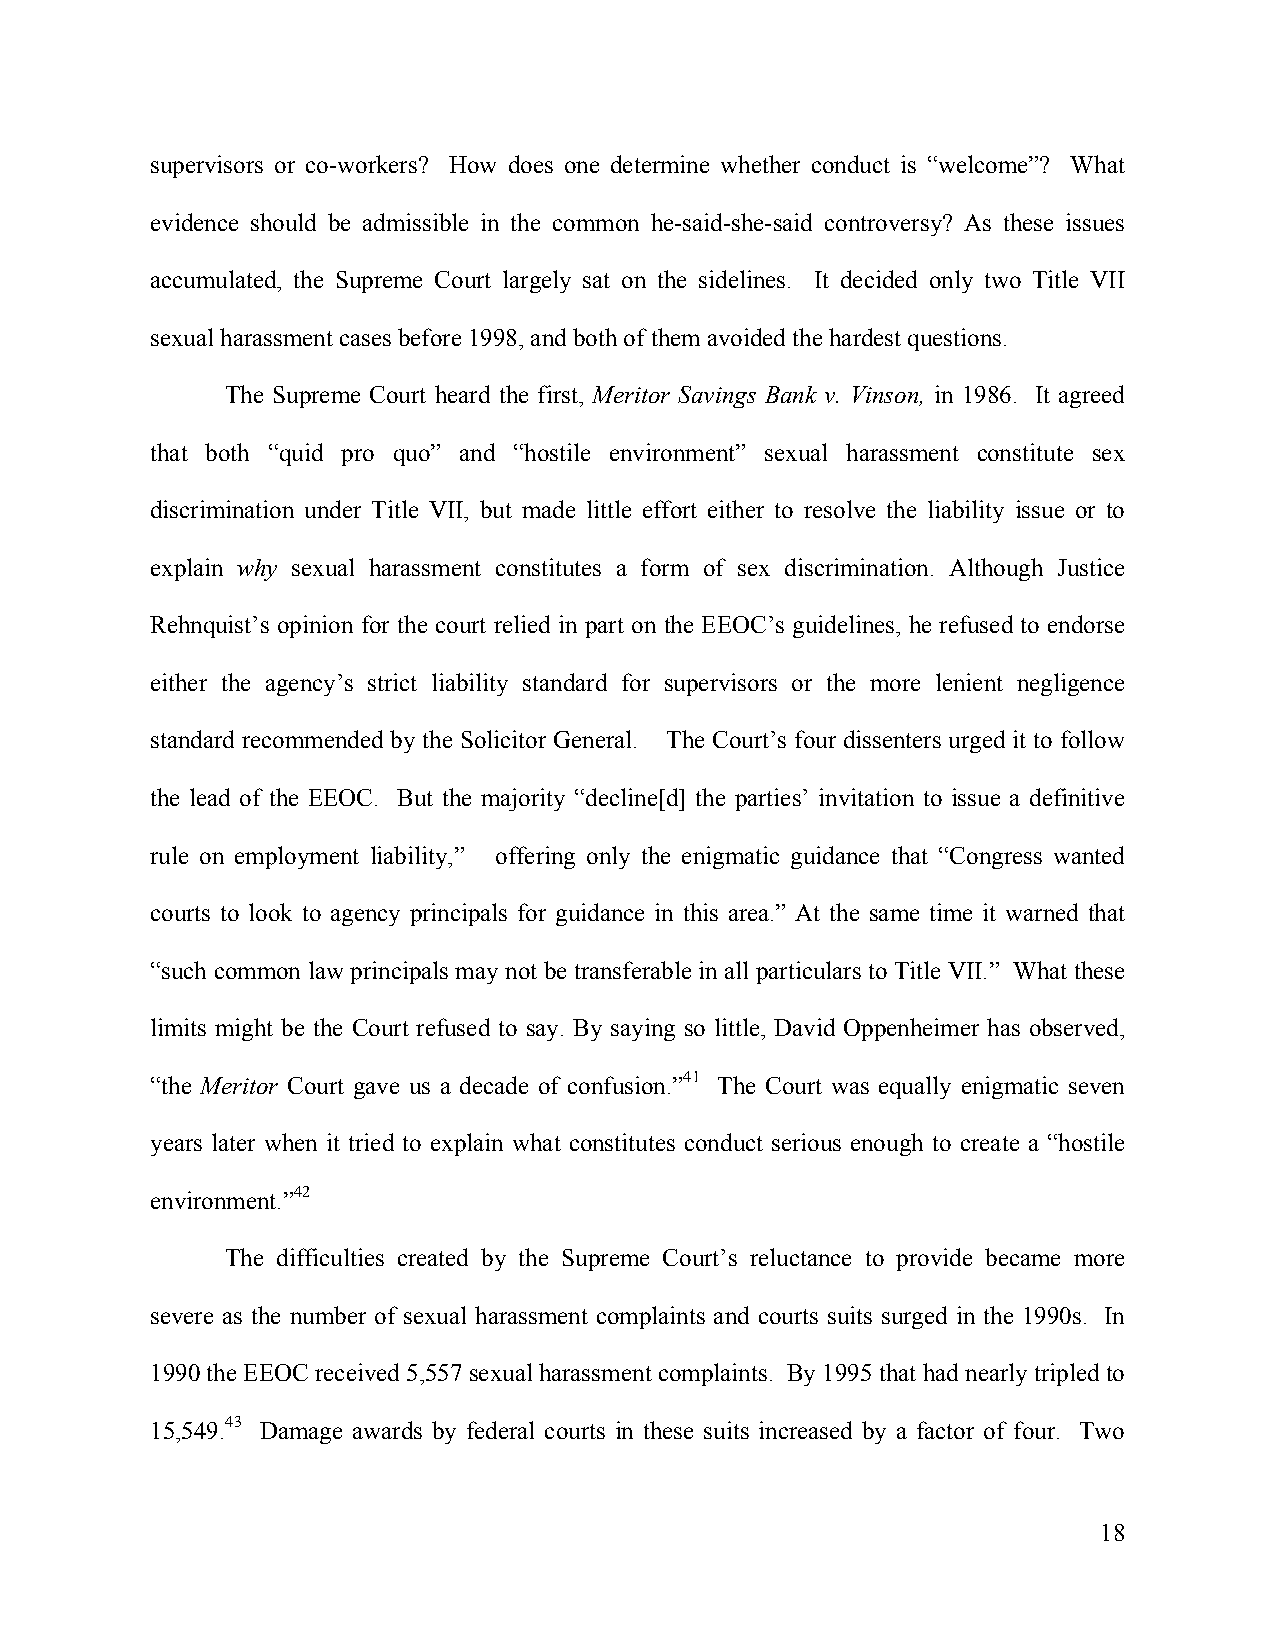
supervisors or co-workers? How does one determine whether conduct is “welcome”? What
 evidence should be admissible in the common he-said-she-said controversy? As these issues
 accumulated, the Supreme Court largely sat on the sidelines. It decided only two Title VII
 sexual harassment cases before 1998, and both of them avoided the hardest questions.
 The Supreme Court heard the first, Meritor Savings Bank v. Vinson, in 1986. It agreed
 that both “quid pro quo” and “hostile environment” sexual harassment constitute sex
 discrimination under Title VII, but made little effort either to resolve the liability issue or to
 explain why sexual harassment constitutes a form of sex discrimination. Although Justice
 Rehnquist’s opinion for the court relied in part on the EEOC’s guidelines, he refused to endorse
 either the agency’s strict liability standard for supervisors or the more lenient negligence
 standard recommended by the Solicitor General. The Court’s four dissenters urged it to follow
 the lead of the EEOC. But the majority “decline[d] the parties’ invitation to issue a definitive
 rule on employment liability,” offering only the enigmatic guidance that “Congress wanted
 courts to look to agency principals for guidance in this area.” At the same time it warned that
 “such common law principals may not be transferable in all particulars to Title VII.” What these
 limits might be the Court refused to say. By saying so little, David Oppenheimer has observed,
 “the Meritor Court gave us a decade of confusion.”41 The Court was equally enigmatic seven
 years later when it tried to explain what constitutes conduct serious enough to create a “hostile
 environment.”42
 The difficulties created by the Supreme Court’s reluctance to provide became more
 severe as the number of sexual harassment complaints and courts suits surged in the 1990s. In
 1990 the EEOC received 5,557 sexual harassment complaints. By 1995 that had nearly tripled to
 15,549.43 Damage awards by federal courts in these suits increased by a factor of four. Two
 18